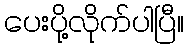
ပေးပို့လိုက်ပါပြီ။